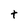
Character: t